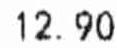
12.90